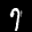
Label: 7